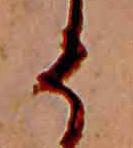
そ